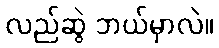
လည်ဆွဲ ဘယ်မှာလဲ။